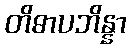
တိဓာပဘိန္နာ